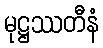
မုဋ္ဌဿတီနံ